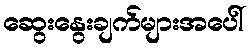
ဆွေးနွေးချက်များအပေါ်